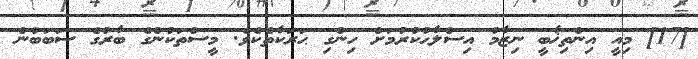
[17] މިއީ އިންތިޚާބީ ނިޒާމު އިސްލާޙުކުރުމަށް ހިންގި ޙަރަކާތެކެވެ. މީސްތަކުންގެ ބާރުގެ ސަބަބުން